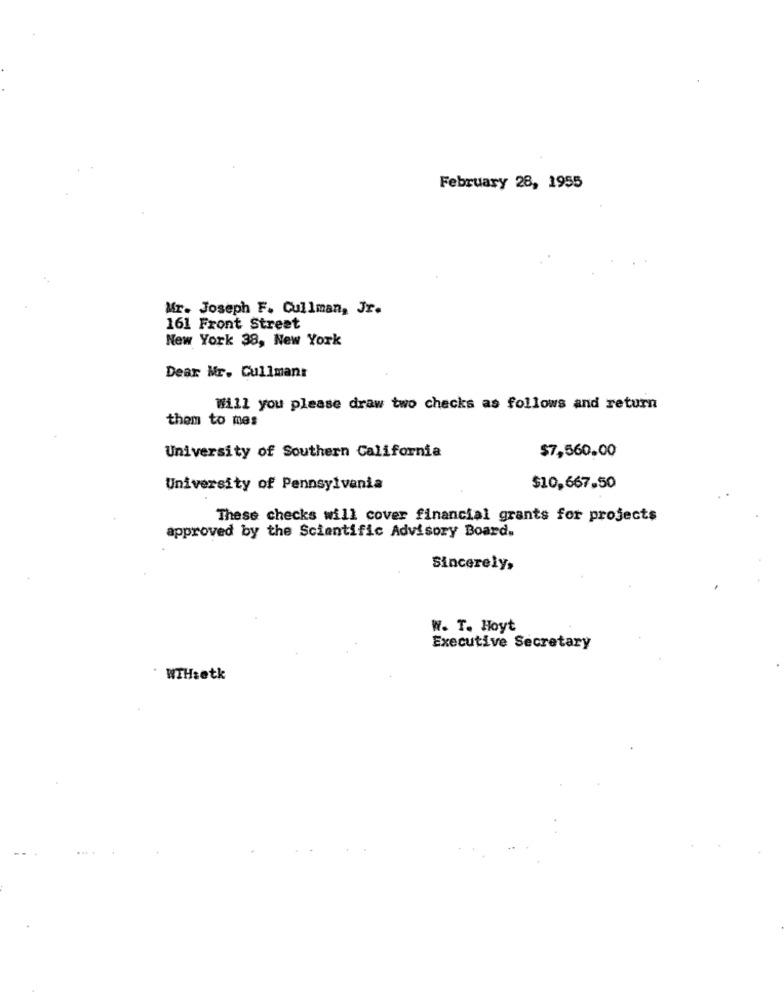
February 28, 1955
Mr. Joseph F. Cullman, Jr.
161 Front Street
New York 38, New York
Dear Mr. Cullman:
Will you please draw two checks as follows and return
them to mes
University of Southern California
$7,560,00
University of Pennsylvania
$10,667.50
These checks will cover financial grants for projects
approved by the Scientific Advisory Board.
Sincerely,
W. T. Hoyt
Executive Secretary
· WIH:etk